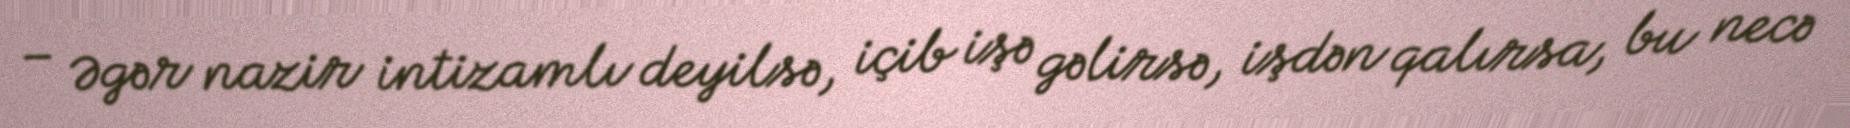
– Əgər nazir intizamlı deyilsə, içib işə gəlirsə, işdən qalırsa, bu necə